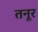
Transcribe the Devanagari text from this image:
तनूर